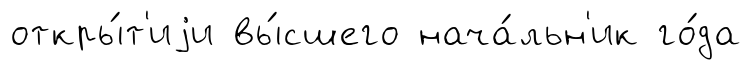
откры́т'иjи вы́сшего нача́льн'ик го́да